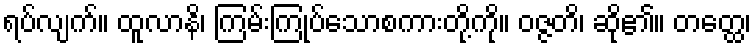
ရပ်လျက်။ ထူလာနိ၊ ကြမ်းကြုပ်သောစကားတို့ကို။ ဝဇ္ဇတိ၊ ဆို၏။ တတ္ထေ၊